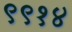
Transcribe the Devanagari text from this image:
९९१४